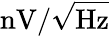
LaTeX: \mathrm{nV/\sqrt{Hz}}